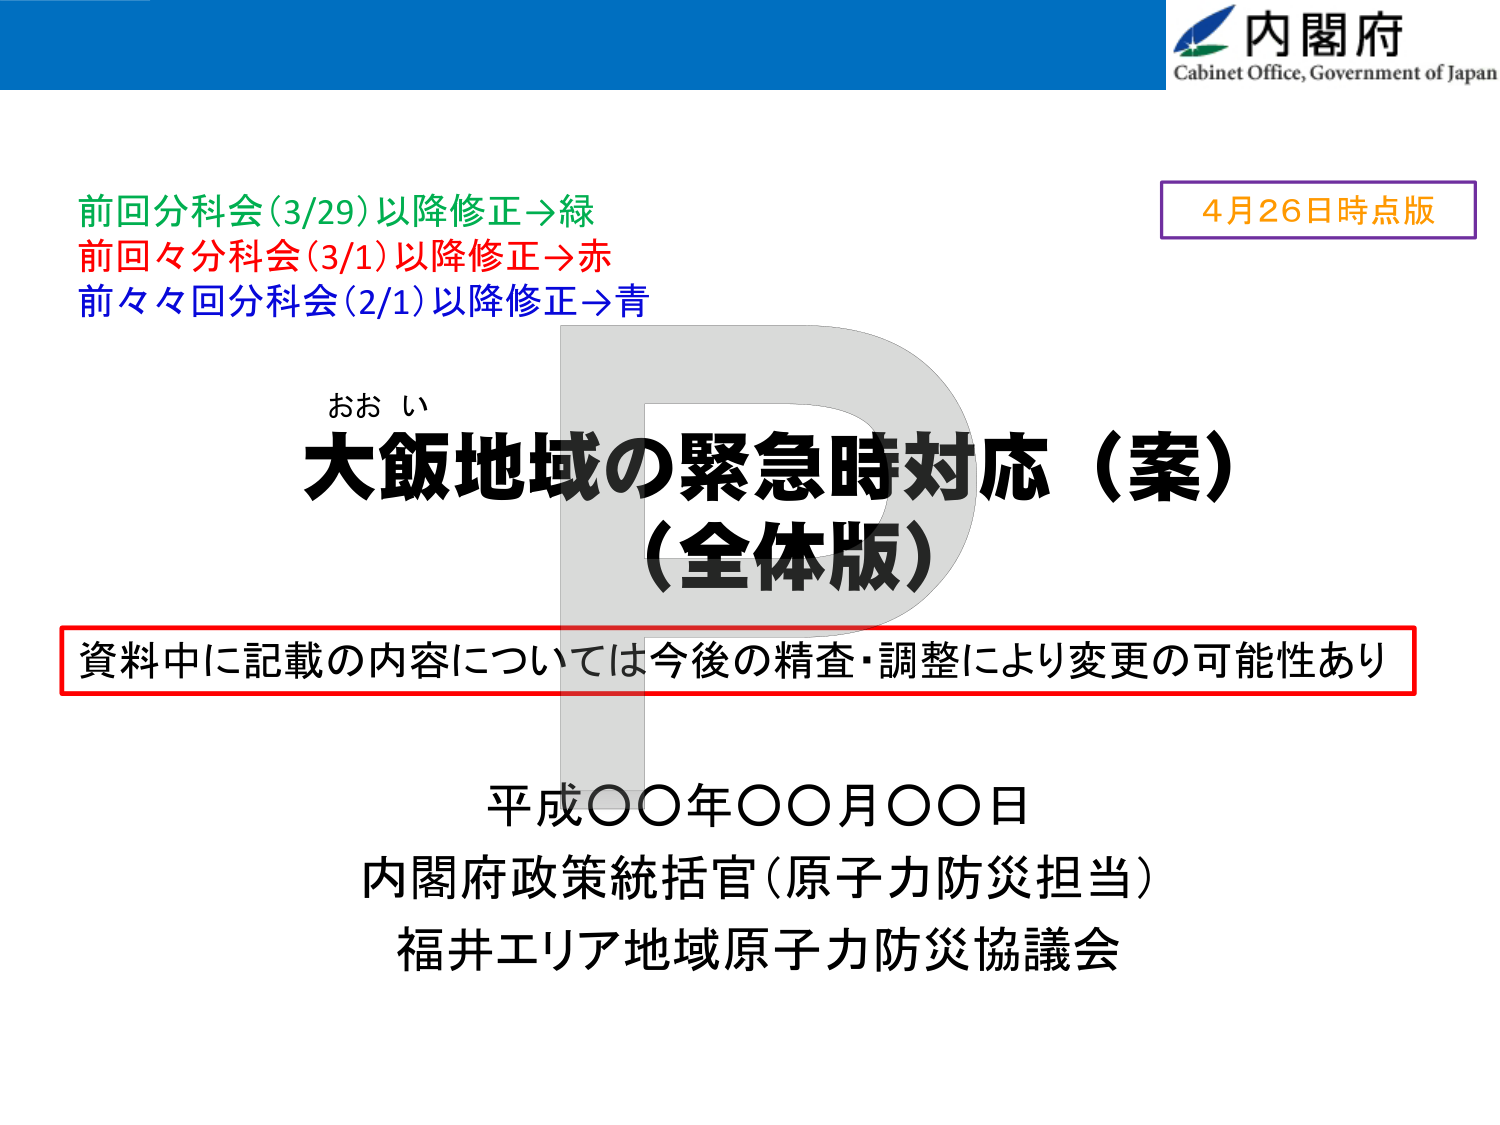
内閣府
Cabinet Office, Government of Japan

前回分科会 (3/29) 以降修正→緑
前回々分科会 (3/1) 以降修正→赤
前々々回分科会 (2/1) 以降修正→青

4月26日時点版

おお い
大飯地域の緊急時対応（案）
（全体版）

資料中に記載の内容については今後の精査・調整により変更の可能性あり

平成〇〇年〇〇月〇〇日
内閣府政策統括官（原子力防災担当）
福井エリア地域原子力防災協議会